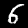
Digit: 6